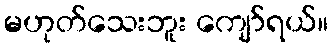
မဟုတ်သေးဘူး ကျော်ရယ်။